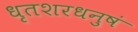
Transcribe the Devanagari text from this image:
धृतशरधनुषं